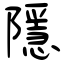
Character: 隱